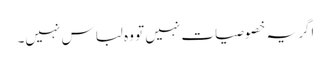
اگر یہ خصوصیات نہیں تو وہ لباس نہیں۔